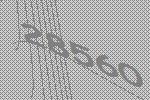
28560